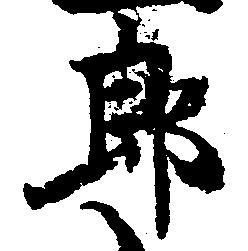
郎